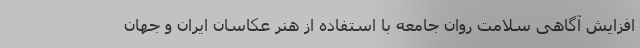
افزایش آگاهی سلامت روان جامعه با استفاده از هنر عکاسان ایران و جهان